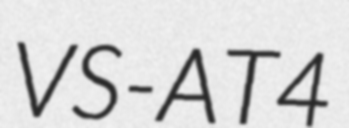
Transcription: VS-AT4